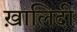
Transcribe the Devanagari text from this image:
ख़ालिदी